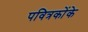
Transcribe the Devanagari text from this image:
पवित्रकोंके